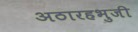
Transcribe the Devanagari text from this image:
अठारहभुजी